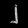
Digit: ၂